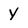
Character: y